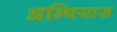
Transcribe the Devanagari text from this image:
अन्थियास